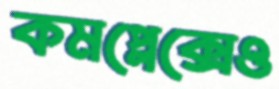
কমপ্লেক্সেও